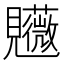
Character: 𧢤